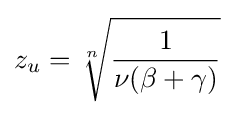
z_{u}={\sqrt[{n}]{\frac {1}{\nu (\beta +\gamma )}}}